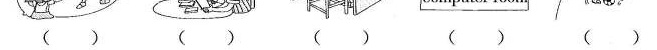
( ) ( ) ( ) ( ) ( )